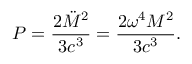
P = \frac { 2 \ddot { M } ^ { 2 } } { 3 c ^ { 3 } } = \frac { 2 \omega ^ { 4 } M ^ { 2 } } { 3 c ^ { 3 } } .